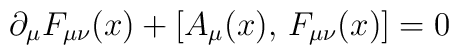
\partial_\mu F_{\mu\nu}(x)+[A_\mu(x),\,F_{\mu\nu}(x)]=0